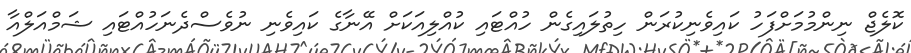
ކޮލެޖް ނިންމުމަށްފަހު ކައިވެނިކުރަން ހިތުލައިގެން ހުއްޓައި ކުއްލިއަކަށް އޭނާގެ ކައިވެނި ނުވެސްދެނަހުއްޓައި ޝަމްއަލްއާ